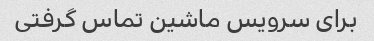
برای سرویس ماشین تماس گرفتی